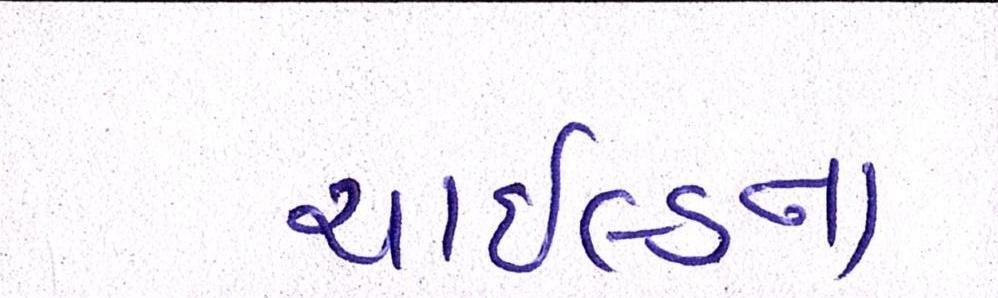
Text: ચાઇલ્ડના